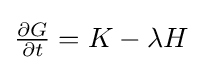
{\textstyle {\frac {\partial G}{\partial t}}=K-\lambda H}